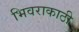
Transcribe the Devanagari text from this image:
भिवराकाठी